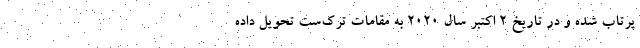
پرتاب شده و در تاریخ 2 اکتبر سال 2020 به مقامات ترک‌ست تحویل داده